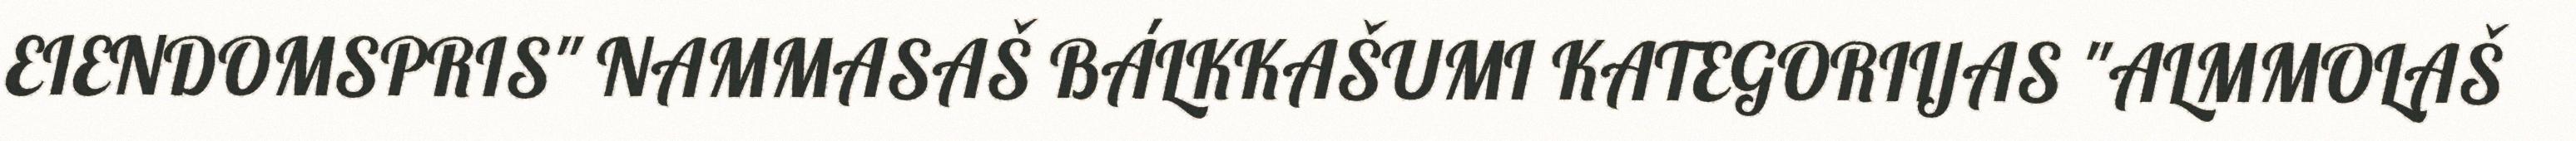
EIENDOMSPRIS" NAMMASAŠ BÁLKKAŠUMI KATEGORIIJAS "ALMMOLAŠ